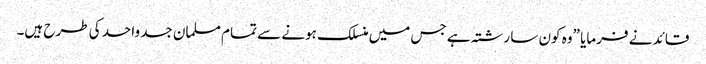
قائد نے فرمایا ”وہ کون سا رشتہ ہے جس میں منسلک ہونے سے تمام مسلمان جسد واحد کی طرح ہیں۔